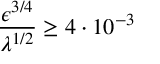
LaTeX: \frac { \epsilon ^ { 3 / 4 } } { \lambda ^ { 1 / 2 } } \geq 4 \cdot 1 0 ^ { - 3 }